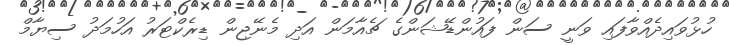
ހުޅުވައިދެއްވާފައި ވަނީ ސަން ފައުންޑޭޝަންގެ ޗެއާމަން އަދި މެނޭޖިން ޑިރެކްޓަރު އަހުމަދު ސިޔާމް